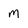
Character: M